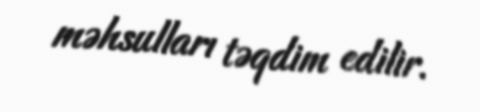
məhsulları təqdim edilir.